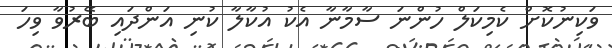
ވަކިނުކޮށް ކެމިކަލް ހުންނަ ސާމާނާ އެކު އުކާލާ ކުނި އަންދައި ބޭރުވާ ވިހަ